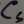
Text: CS